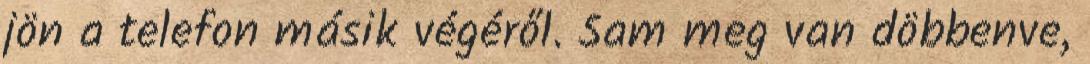
jön a telefon másik végéről. Sam meg van döbbenve,